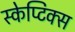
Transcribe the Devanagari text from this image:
स्केप्टिक्स